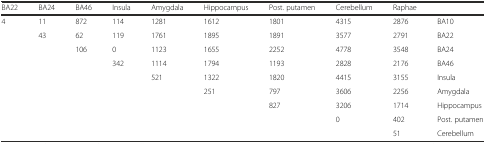
<table><thead><tr><td><b>BA22</b></td><td><b>BA24</b></td><td><b>BA46</b></td><td><b>Insula</b></td><td><b>Amygdala</b></td><td><b>Hippocampus</b></td><td><b>Post. putamen</b></td><td><b>Cerebellum</b></td><td><b>Raphae</b></td><td></td></tr></thead><tbody><tr><td>4</td><td>11</td><td>872</td><td>114</td><td>1281</td><td>1612</td><td>1801</td><td>4315</td><td>2876</td><td>BA10</td></tr><tr><td></td><td>43</td><td>62</td><td>119</td><td>1761</td><td>1895</td><td>1891</td><td>3577</td><td>2791</td><td>BA22</td></tr><tr><td></td><td></td><td>106</td><td>0</td><td>1123</td><td>1655</td><td>2252</td><td>4778</td><td>3548</td><td>BA24</td></tr><tr><td></td><td></td><td></td><td>342</td><td>1114</td><td>1794</td><td>1193</td><td>2828</td><td>2176</td><td>BA46</td></tr><tr><td></td><td></td><td></td><td></td><td>521</td><td>1322</td><td>1820</td><td>4415</td><td>3155</td><td>Insula</td></tr><tr><td></td><td></td><td></td><td></td><td></td><td>251</td><td>797</td><td>3606</td><td>2256</td><td>Amygdala</td></tr><tr><td></td><td></td><td></td><td></td><td></td><td></td><td>827</td><td>3206</td><td>1714</td><td>Hippocampus</td></tr><tr><td></td><td></td><td></td><td></td><td></td><td></td><td></td><td>0</td><td>402</td><td>Post. putamen</td></tr><tr><td></td><td></td><td></td><td></td><td></td><td></td><td></td><td></td><td>51</td><td>Cerebellum</td></tr></tbody></table>